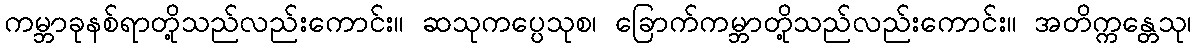
ကမ္ဘာခုနစ်ရာတို့သည်လည်းကောင်း။ ဆသုကပ္ပေသုစ၊ ခြောက်ကမ္ဘာတို့သည်လည်းကောင်း။ အတိက္ကန္တေသု၊